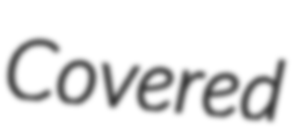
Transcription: Covered